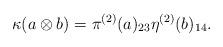
LaTeX: \begin{align*} \kappa(a\otimes b) = \pi^{(2)}(a)_{23}\eta^{(2)}(b)_{14}.\end{align*}